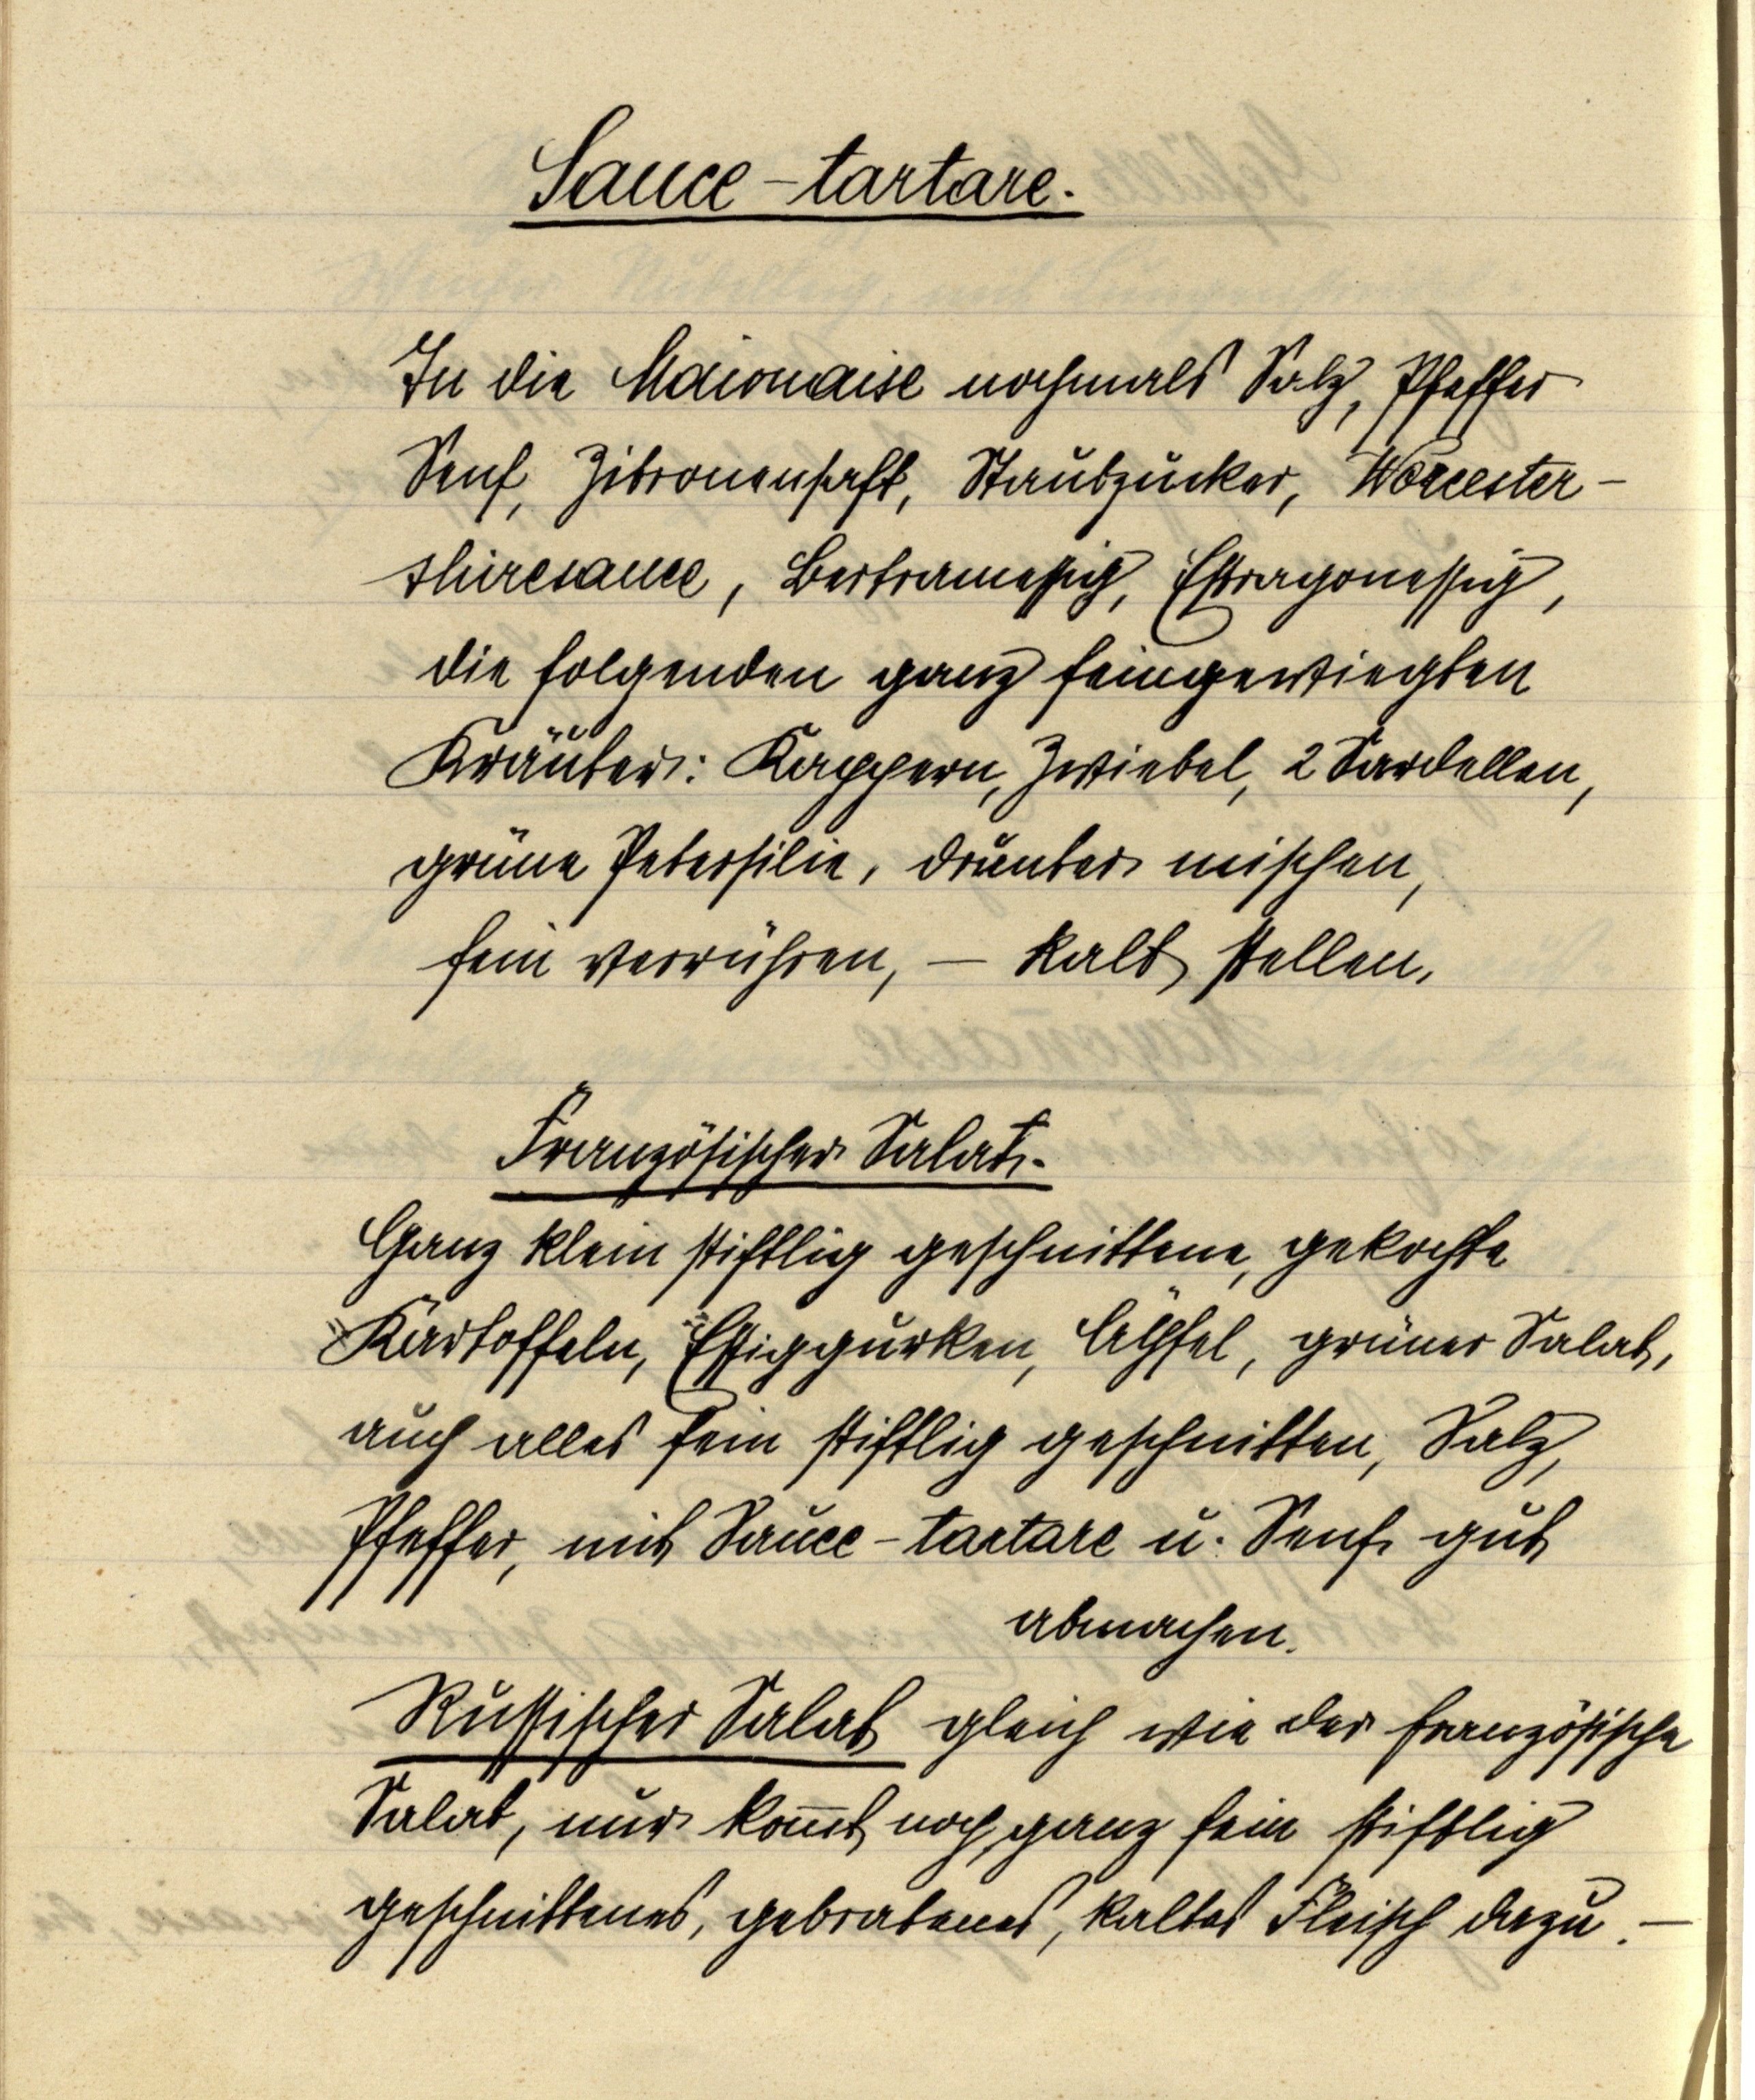
Sauce-tartare.

In die Maionaise nochmals Salz, Pfeffer
Senf, Zitronensaft, Staubzucker, Worcester¬
shiresauce, Bertramessig, Estragonessig,
die folgenden ganz feingewiegten
Kräuter: Kappern, Zwiebel, 2 Sardellen,
grüne Petersilie, drunter mischen
fein verrühren, — kalt stellen,

Französischer Salat.
Ganz klein stiftlig geschnittene, gekochte
Kartoffeln, Essiggurken, Äpfel, grüner Salat,
auch alles fein stiftlig geschnitten, Salz,
Pfeffer, mit Sauce-tartare u. Senf gut
abmachen

Russischer Salat gleich wie der französische
Salat, nur kommt noch ganz fein stiftlig
geschnittenes, gebratenes, kaltes Fleisch dazu.—